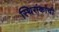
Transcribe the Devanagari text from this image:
स्थिरांकांची